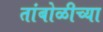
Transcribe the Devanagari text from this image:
तांबोळीच्या